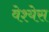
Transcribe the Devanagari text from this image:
वेश्येस